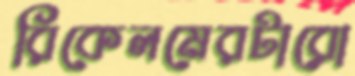
রিকেলমেরটারো